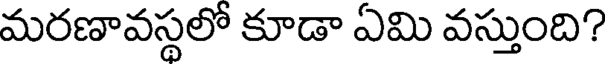
మరణావస్థలో కూడా ఏమి వస్తుంది?